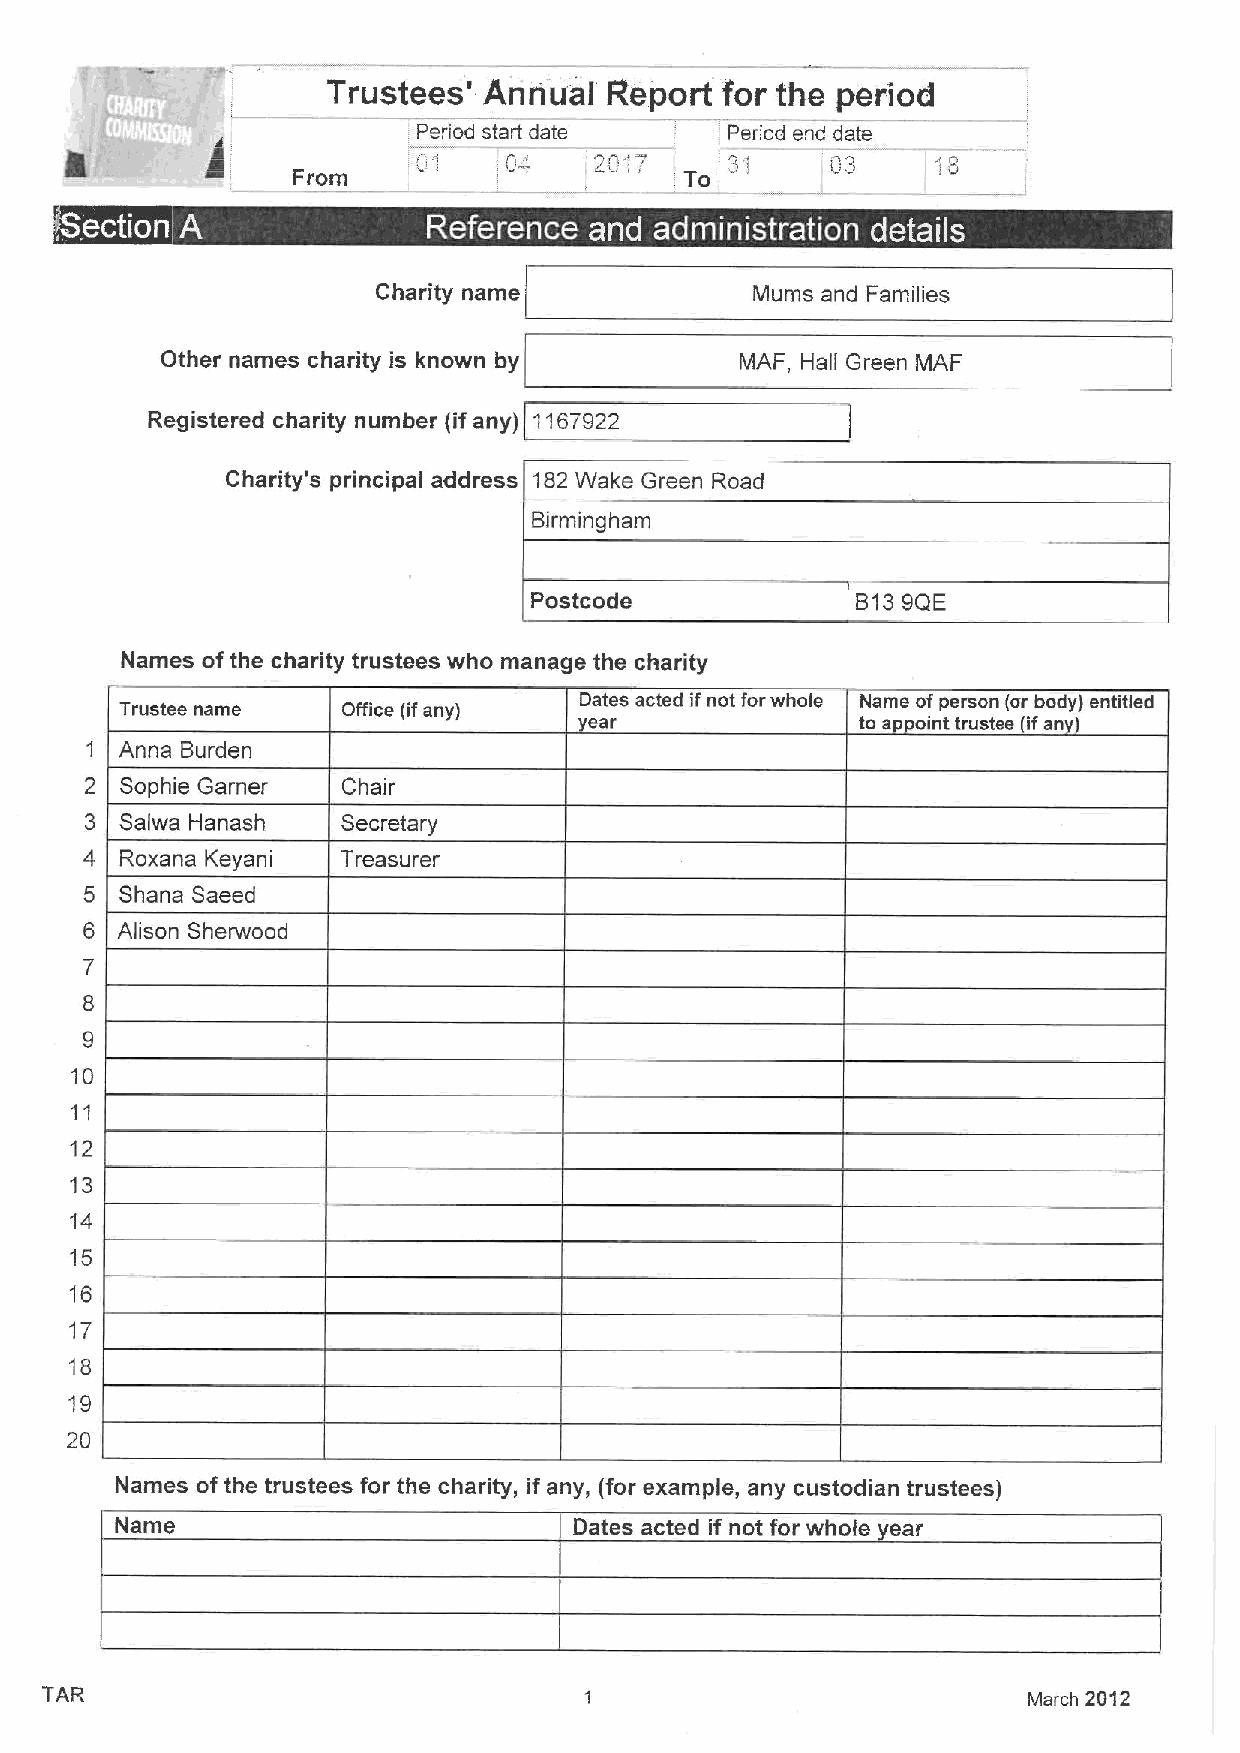
Trustees' Annual  Report  for the period
 ~tt
 Period start date   Period end date
 i'*1 0 f   '2 .     3"     03
 From                  i
 e  ~         ~  ~
 Charity name             Mums and Families
 Other names charity is known by       MAF, Hall Green MAF
 Registered charity number (ifany) 1167922
 Charity's principal address 182Wake Green Road
 Birmingham
 Postcode              B139QE
 Names ofthe charity trustees who manage the charity
 Trustee name   Office (ifany) Dates acted ifnot forwhole Name ofperson (or body) entitled
 ear               to appoint trustee (ifan )
 Anna Burden
 Sophie Garner  Chair
 Salwa Hanash   Secretary
 Roxana Keyani  Treasurer
 5 Shana Saeed
 6 Alison Sherwood
 7
 8
 9
 10
 11
 12
 13
 14
 15
 16
 17
 18
 19
 20
 Names of the trustees for the charity, if any, (for example, any custodian trustees)
 Name                          Dates acted if not for whole ear
 TAR                                                              March 2012